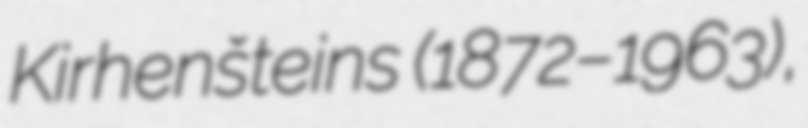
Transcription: Kirhenšteins (1872–1963),